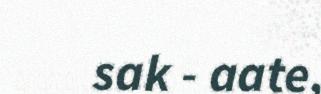
sak - aate,